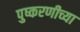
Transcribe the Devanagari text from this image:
पुष्करणीच्या